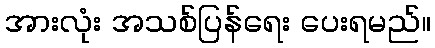
အားလုံး အသစ်ပြန်ရေး ပေးရမည်။